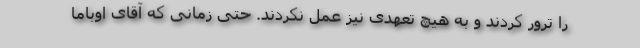
را ترور کردند و به هیچ تعهدی نیز عمل نکردند. حتی زمانی که آقای اوباما